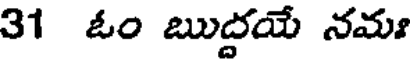
31 ఓం ఋద్దయే నమః